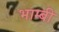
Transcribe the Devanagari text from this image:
भाम्बी